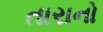
તારાનો